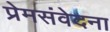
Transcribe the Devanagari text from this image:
प्रेमसंवेदना